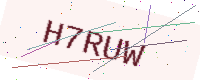
Text: H7RUW